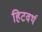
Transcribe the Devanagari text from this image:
हिटवर्थ